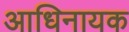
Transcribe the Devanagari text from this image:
आधिनायक